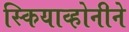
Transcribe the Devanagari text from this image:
स्कियाव्होनीने